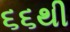
૬૬થી